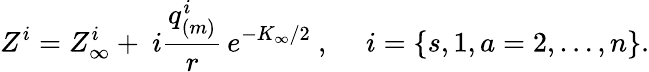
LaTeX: Z^{i}=Z_{\infty}^{i}+~i{\frac{q_{(m)}^{i}}{r}}\, e^{-K_{\infty}/2}\ ,~~~~~i=\{ s,1,a=2,\dots,n\} .